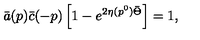
\bar { a } ( p ) \bar { c } ( - p ) \left[ 1 - e ^ { 2 \eta ( p ^ { 0 } ) \bar { \Theta } } \right] = 1 ,